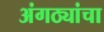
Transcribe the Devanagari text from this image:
अंगठ्यांचा